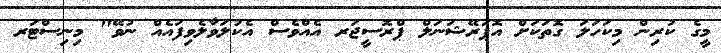
މީގެ ކުރިން މިކަހަލަ ގޮތަކަށް އޮޕަރޭޝަނަލް ޕްރޮސީޖަރ އެއްވެސް އެކުލަވާލެވިފައެއް ނުވޭ" މިނިސްޓަރ